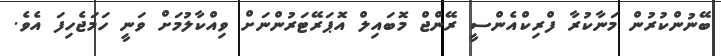
ބޭނުންކުރުން މަނާކުރާ ފްރިކްއެންސީ ރޭންޖް މޮބައިލް އޮޕަރޭޓަރުންނަށް ވިއްކާލުމަށް ވަނީ ހަމަޖެހިފަ އެވެ.